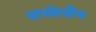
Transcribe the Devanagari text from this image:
अपनेपाँच